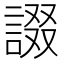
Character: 諁